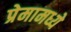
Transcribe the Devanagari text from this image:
प्रेमामध्ये